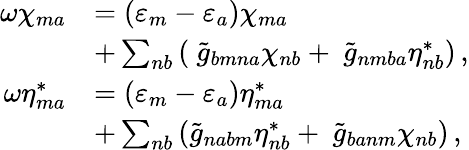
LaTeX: \begin{array}{rl}{\omega\chi_{ma}}&{=(\varepsilon_{m}-\varepsilon_{a})\chi_{ma}}\\ &{+\sum_{nb}\left(\ \tilde{g}_{bmna}\chi_{nb}+\ \tilde{g}_{nmba}\eta_{nb}^{*}\right)\, ,}\\ {\omega\eta_{ma}^{*}}&{=(\varepsilon_{m}-\varepsilon_{a})\eta_{ma}^{*}}\\ &{+\sum_{nb}\left(\tilde{g}_{nabm}\eta_{nb}^{*}+\ \tilde{g}_{banm}\chi_{nb}\right)\, ,}\end{array}